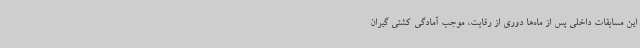
این مسابقات داخلی پس از ماه‌ها دوری از رقابت، موجب آمادگی کشتی گیران